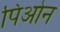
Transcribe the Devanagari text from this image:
पिओन